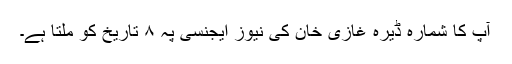
آپ کا شمارہ ڈیرہ غازی خان کی نیوز ایجنسی پہ ۸ تاریخ کو ملتا ہے۔